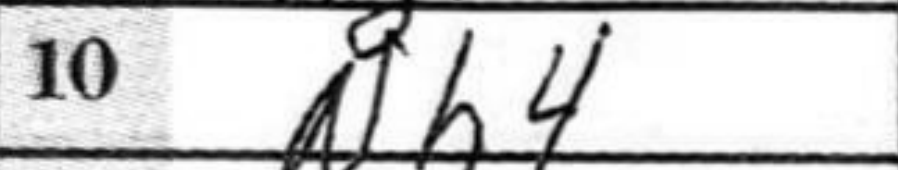
Transcription: Nh4